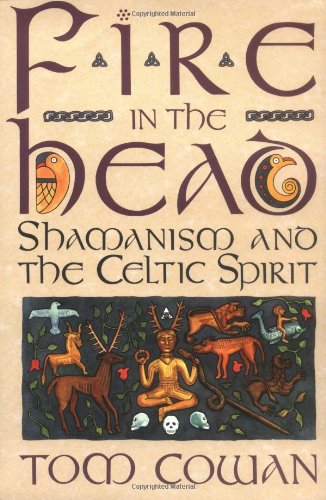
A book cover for Fire in the Head: Shamanism and the Celtic Spirit; Tom Cowan; Literature & Fiction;